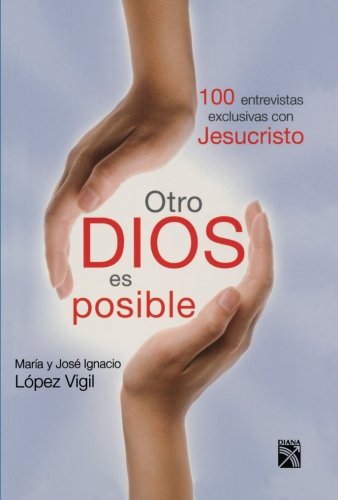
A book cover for Otro Dios es posible (Spanish Edition); Marea Lopez; Computers & Technology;